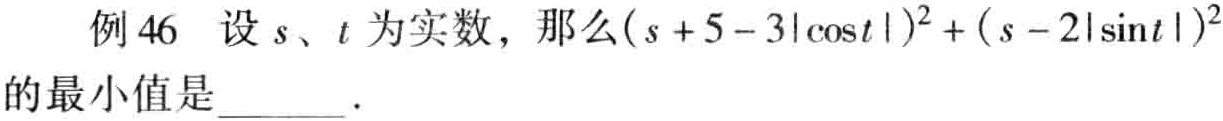
例46 设\(s、t\)为实数，那么\((s + 5 - 3|\cos t|)^2 + (s - 2|\sin t|)^2\)的最小值是  ．